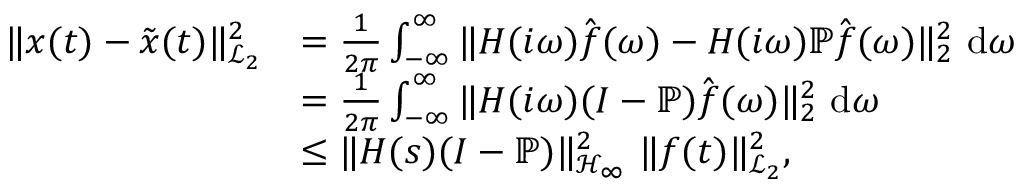
\begin{array} { r l } { \| \b { x } ( t ) - \tilde { \b { x } } ( t ) \| _ { \mathcal { L } _ { 2 } } ^ { 2 } } & { = \frac { 1 } { 2 \pi } \int _ { - \infty } ^ { \infty } \| \b { H } ( i \omega ) \hat { \b { f } } ( \omega ) - \b { H } ( i \omega ) \mathbb { P } \hat { \b { f } } ( \omega ) \| _ { 2 } ^ { 2 } ~ \mathrm { d } \omega } \\ & { = \frac { 1 } { 2 \pi } \int _ { - \infty } ^ { \infty } \| \b { H } ( i \omega ) ( \b { I } - \mathbb { P } ) \hat { \b { f } } ( \omega ) \| _ { 2 } ^ { 2 } ~ \mathrm { d } \omega } \\ & { \le \| \b { H } ( s ) ( \b { I } - \mathbb { P } ) \| _ { \mathcal { H } _ { \infty } } ^ { 2 } ~ \| \b { f } ( t ) \| _ { \mathcal { L } _ { 2 } } ^ { 2 } , } \end{array}